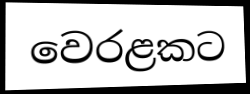
වෙරළකට